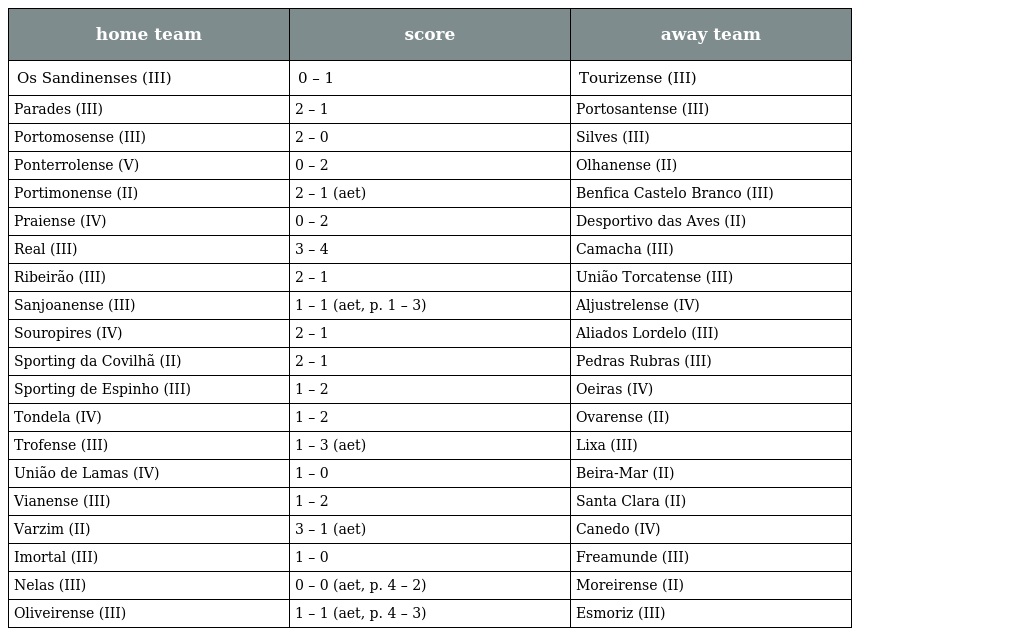
| home team | score | away team |
 | --- | --- | --- |
 | Os Sandinenses (III) | 0 – 1 | Tourizense (III) |
 | Parades (III) | 2 – 1 | Portosantense (III) |
 | Portomosense (III) | 2 – 0 | Silves (III) |
 | Ponterrolense (V) | 0 – 2 | Olhanense (II) |
 | Portimonense (II) | 2 – 1 (aet) | Benfica Castelo Branco (III) |
 | Praiense (IV) | 0 – 2 | Desportivo das Aves (II) |
 | Real (III) | 3 – 4 | Camacha (III) |
 | Ribeirão (III) | 2 – 1 | União Torcatense (III) |
 | Sanjoanense (III) | 1 – 1 (aet, p. 1 – 3) | Aljustrelense (IV) |
 | Souropires (IV) | 2 – 1 | Aliados Lordelo (III) |
 | Sporting da Covilhã (II) | 2 – 1 | Pedras Rubras (III) |
 | Sporting de Espinho (III) | 1 – 2 | Oeiras (IV) |
 | Tondela (IV) | 1 – 2 | Ovarense (II) |
 | Trofense (III) | 1 – 3 (aet) | Lixa (III) |
 | União de Lamas (IV) | 1 – 0 | Beira-Mar (II) |
 | Vianense (III) | 1 – 2 | Santa Clara (II) |
 | Varzim (II) | 3 – 1 (aet) | Canedo (IV) |
 | Imortal (III) | 1 – 0 | Freamunde (III) |
 | Nelas (III) | 0 – 0 (aet, p. 4 – 2) | Moreirense (II) |
 | Oliveirense (III) | 1 – 1 (aet, p. 4 – 3) | Esmoriz (III) |